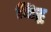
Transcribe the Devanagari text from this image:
जिद्ध